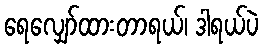
ရေလျှော်ထားတာရယ်၊ ဒါရယ်ပဲ